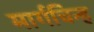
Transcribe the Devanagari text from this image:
मार्गचिन्ह